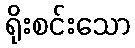
ရိုးစင်းသော